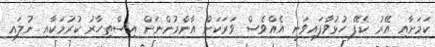
ކަމަށާއި އޭރު ކެފޭ ހުޅުވާފައިވަނީ އެއްވެސް ވަރަކަށް އާންމުންނަށް އިސްތިހާރު ކުރުމަކާއި ނުލައި